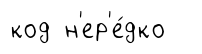
код н'ер'е́дко